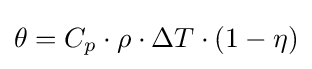
\theta =C_{p}\cdot \rho \cdot \Delta T\cdot (1-\eta )